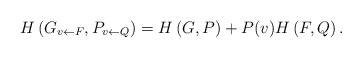
\begin{align*}H\left(G_{v\leftarrow F}, P_{v\leftarrow Q}\right) = H\left(G,P\right) + P(v)H\left(F,Q\right).\end{align*}